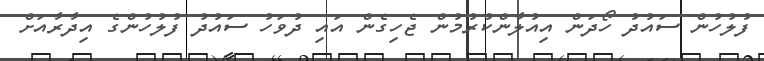
ފުލުހުުން ސައުދު ހޯދަން އިއުލާންކުރުމުން ޖެހިގެން އައި ދުވަހު ސައުދު ފުލުހުންގެ އިދާރާއަށް